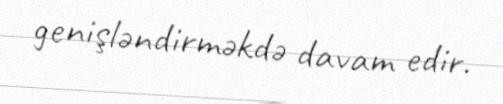
genişləndirməkdə davam edir.